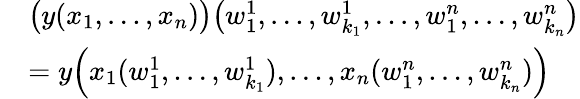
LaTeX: \begin{array}{rl}&{\bigl(y(x_{1},\ldots,x_{n})\bigr)\bigl(w_{1}^{1},\ldots,w_{k_{1}}^{1},\ldots,w_{1}^{n},\ldots,w_{k_{n}}^{n}\bigr)}\\ &{=y\Bigl(x_{1}(w_{1}^{1},\ldots,w_{k_{1}}^{1}),\ldots,x_{n}(w_{1}^{n},\ldots,w_{k_{n}}^{n})\Bigr)}\end{array}